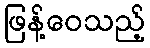
ဖြန့်ဝေသည့်